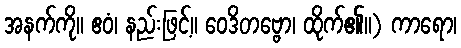
အနက်ကို။ ဧဝံ၊ နည်းဖြင့်။ ဝေဒိတဗ္ဗော၊ ထိုက်၏။) ကာရော၊